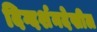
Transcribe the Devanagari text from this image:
दिग्दर्शनदेखील